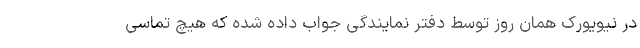
در نیویورک همان روز توسط دفتر نمایندگی جواب داده شده که هیچ تماسی